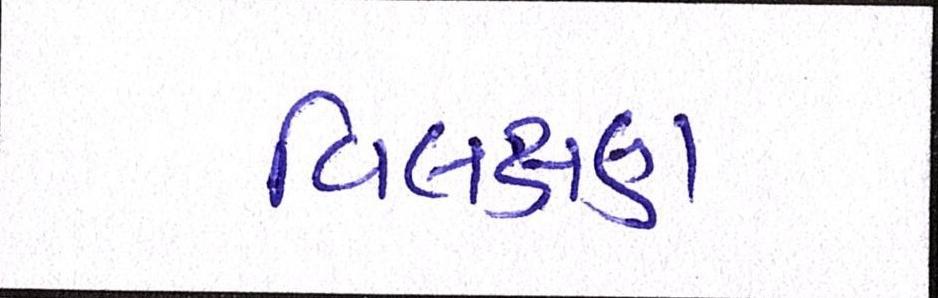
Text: વિલક્ષણ